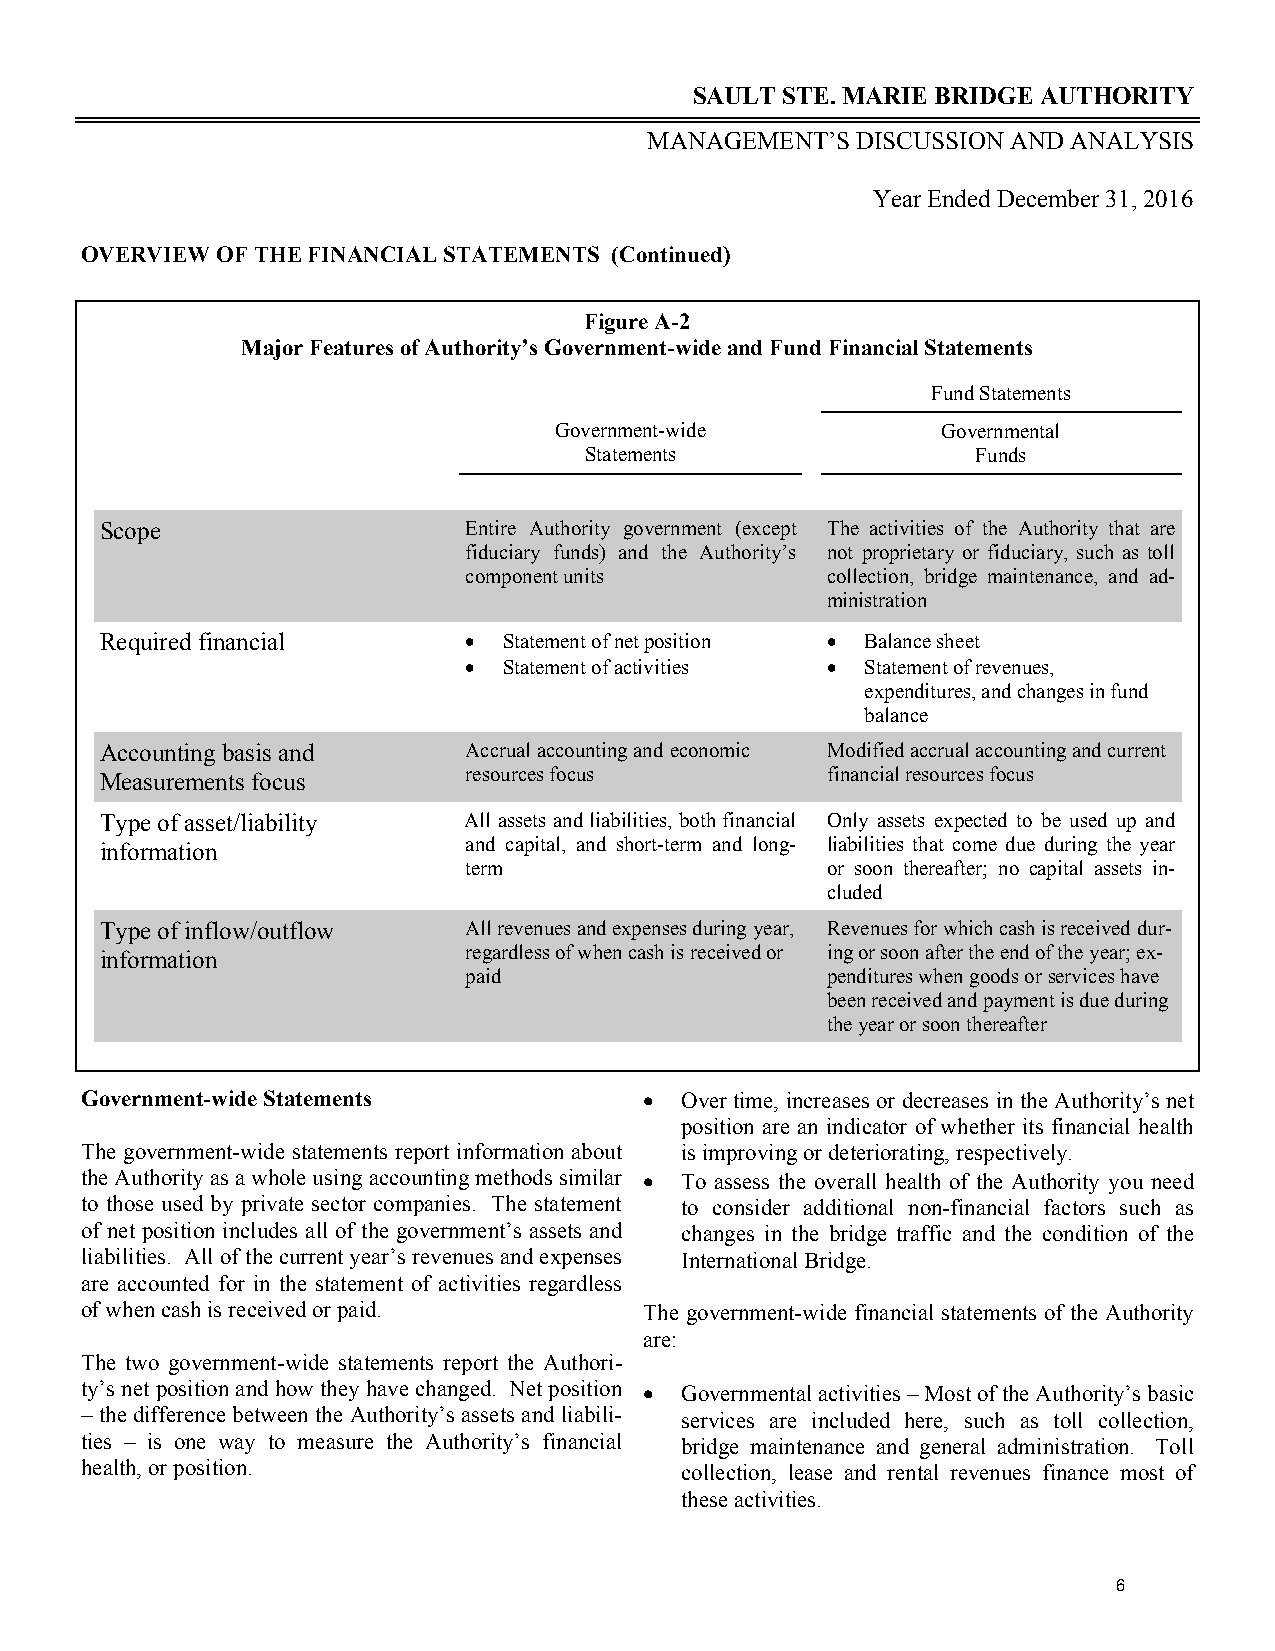
SAULT STE. MARIE BRIDGE AUTHORITY
 MANAGEMENT’S  DISCUSSION AND ANALYSIS
 Year Ended December 31, 2016
 OVERVIEW OF THE FINANCIAL STATEMENTS (Continued)
 Figure A-2
 Major Features of Authority’s Government-wide and Fund Financial Statements
 Fund Statements
 Government-wide          Governmental
 Statements                Funds
 Scope                   Entire Authority government (except The activities of the Authority that are
 fiduciary funds) and the Authority’s not proprietary or fiduciary, such as toll
 component units         collection, bridge maintenance, and ad-
 ministration
 Required financial       Statement of net position  Balance sheet
  Statement of activities  Statement of revenues,
 expenditures, and changes in fund
 balance
 Accounting basis and    Accrual accounting and economic Modified accrual accounting and current
 Measurements focus      resources focus         financial resources focus
 Type of asset/liability All assets and liabilities, both financial Only assets expected to be used up and
 information             and capital, and short-term and long- liabilities that come due during the year
 term                    or soon thereafter; no capital assets in-
 cluded
 Type of inflow/outflow  All revenues and expenses during year, Revenues for which cash is received dur-
 information             regardless of when cash is received or ing or soon after the end of the year; ex-
 paid                    penditures when goods or services have
 been received and payment is due during
 the year or soon thereafter
 Government-wide Statements             Over time, increases or decreases in the Authority’s net
 position are an indicator of whether its financial health
 The government-wide statements report information about is improving or deteriorating, respectively.
 the Authority as a whole using accounting methods similar  To assess the overall health of the Authority you need
 to those used by private sector companies. The statement to consider additional non-financial factors such as
 of net position includes all of the government’s assets and changes in the bridge traffic and the condition of the
 liabilities. All of the current year’s revenues and expenses International Bridge.
 are accounted for in the statement of activities regardless
 of when cash is received or paid.     The government-wide financial statements of the Authority
 are:
 The two government-wide statements report the Authori-
 ty’s net position and how they have changed. Net position  Governmental activities – Most of the Authority’s basic
 – the difference between the Authority’s assets and liabili- services are included here, such as toll collection,
 ties – is one way to measure the Authority’s financial bridge maintenance and general administration. Toll
 health, or position.                    collection, lease and rental revenues finance most of
 these activities.
 6